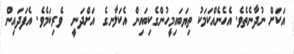
އަކަށް ނުދާނެތެވެ. އެހެނެއްކަމަކު ތިޔަބައިމީހުންގެކިބައިން އެކަލާނގެ  އަށްދަނީ  ވެރިކަމެވެ. އެފަދައިން